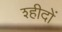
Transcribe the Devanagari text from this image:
श्हीदों